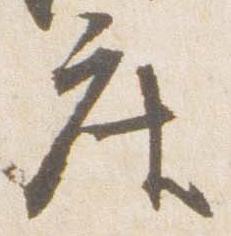
座